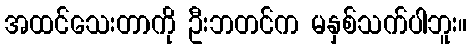
အထင်သေးတာကို ဦးဘတင်က မနှစ်သက်ပါဘူး။